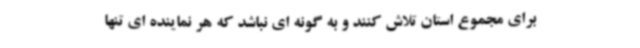
برای مجموع استان تلاش کنند و به گونه ای نباشد که هر نماینده ای تنها